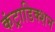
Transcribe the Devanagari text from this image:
कंट्राडिक्शन